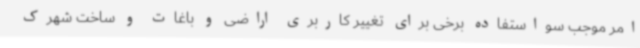
امر موجب سواستفاده برخی برای تغییر کاربری اراضی و باغات و ساخت شهرک